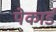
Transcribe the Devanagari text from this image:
पेकार्ड